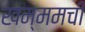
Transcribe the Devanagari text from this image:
खम्ममची